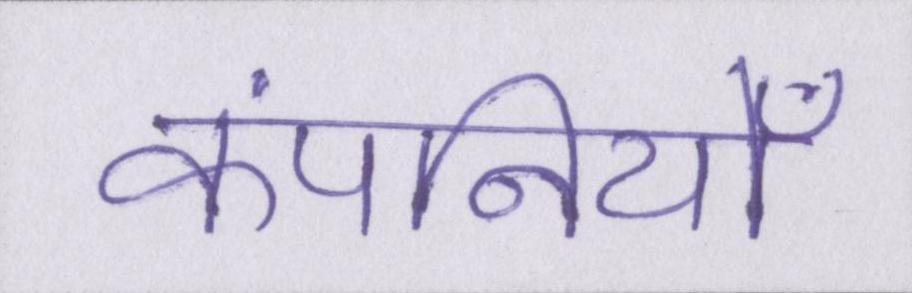
कंपनियोँ